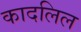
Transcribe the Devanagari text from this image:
कादलिल